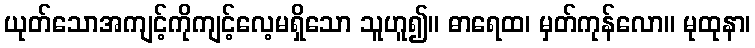
ယုတ်သောအကျင့်ကိုကျင့်လေ့မရှိသော သူဟူ၍။ ဓာရေထ၊ မှတ်ကုန်လော။ မုထုနာ၊